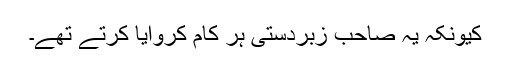
کیونکہ یہ صاحب زبردستی ہر کام کروایا کرتے تھے۔